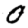
Digit: 0